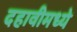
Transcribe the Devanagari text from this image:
दहावीमध्ये